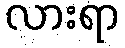
လားရာ